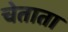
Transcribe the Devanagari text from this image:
चेताता